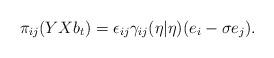
LaTeX: \begin{align*}\pi_{ij}(YXb_t) = \epsilon_{ij}\gamma_{ij}(\eta|\eta)(e_i-\sigma e_j).\end{align*}